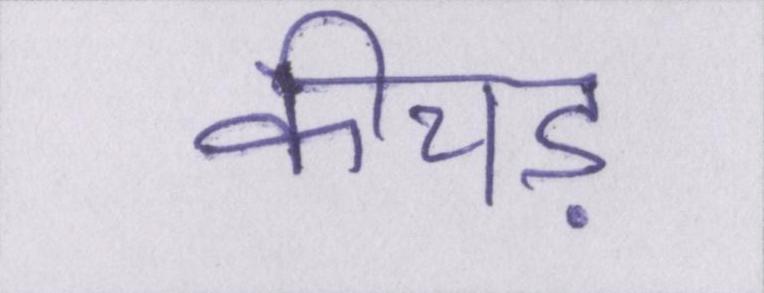
कीचड़